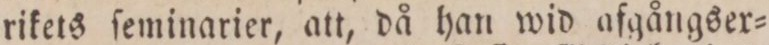
rikets ſeminarier, att, då han wid afgångser=